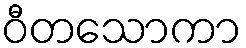
ဝီတသောကာ